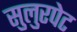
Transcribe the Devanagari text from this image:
सुलुरपेट